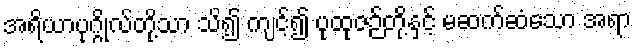
အရိယာပုဂ္ဂိုလ်တို့သာ သိ၍ ကျင့်၍ ပုထုဇဉ်တို့နှင့် မဆက်ဆံသော အရာ